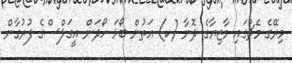
މިރޭގެ މެޗުގައި މާޒިޔާގެ ދޮނާ (ކ) އަތުން ބޯޅަ ހޯދަން އީގަލްސްގެ ފުރުގާން